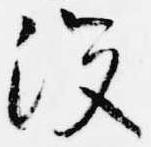
没